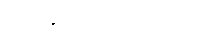
ဝေဒနာသင်္ခယဝိမုတ္တော